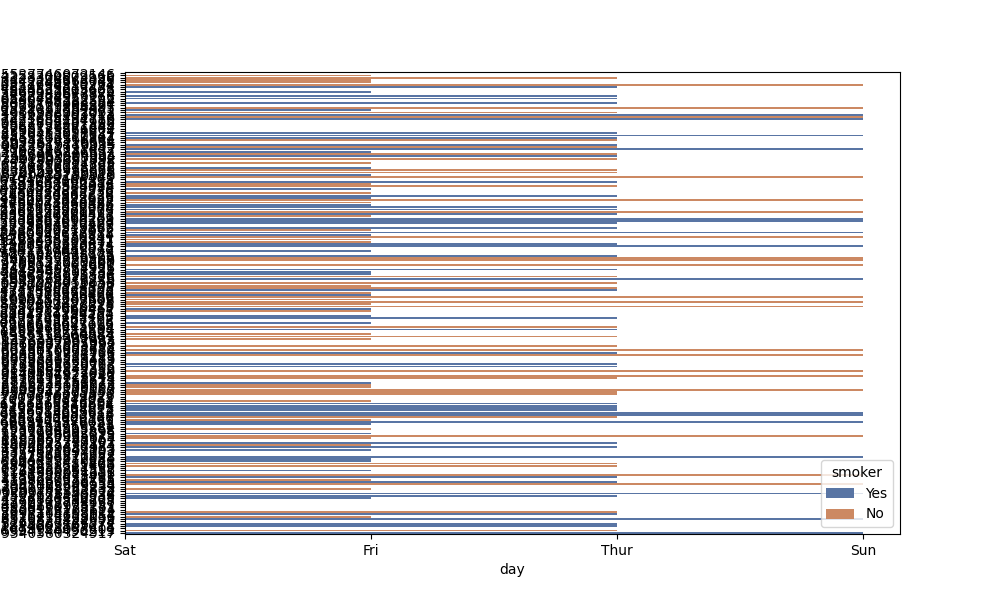
python, seaborn, barplot, hue='smoker', palette='deep', ci=95, orient='h'